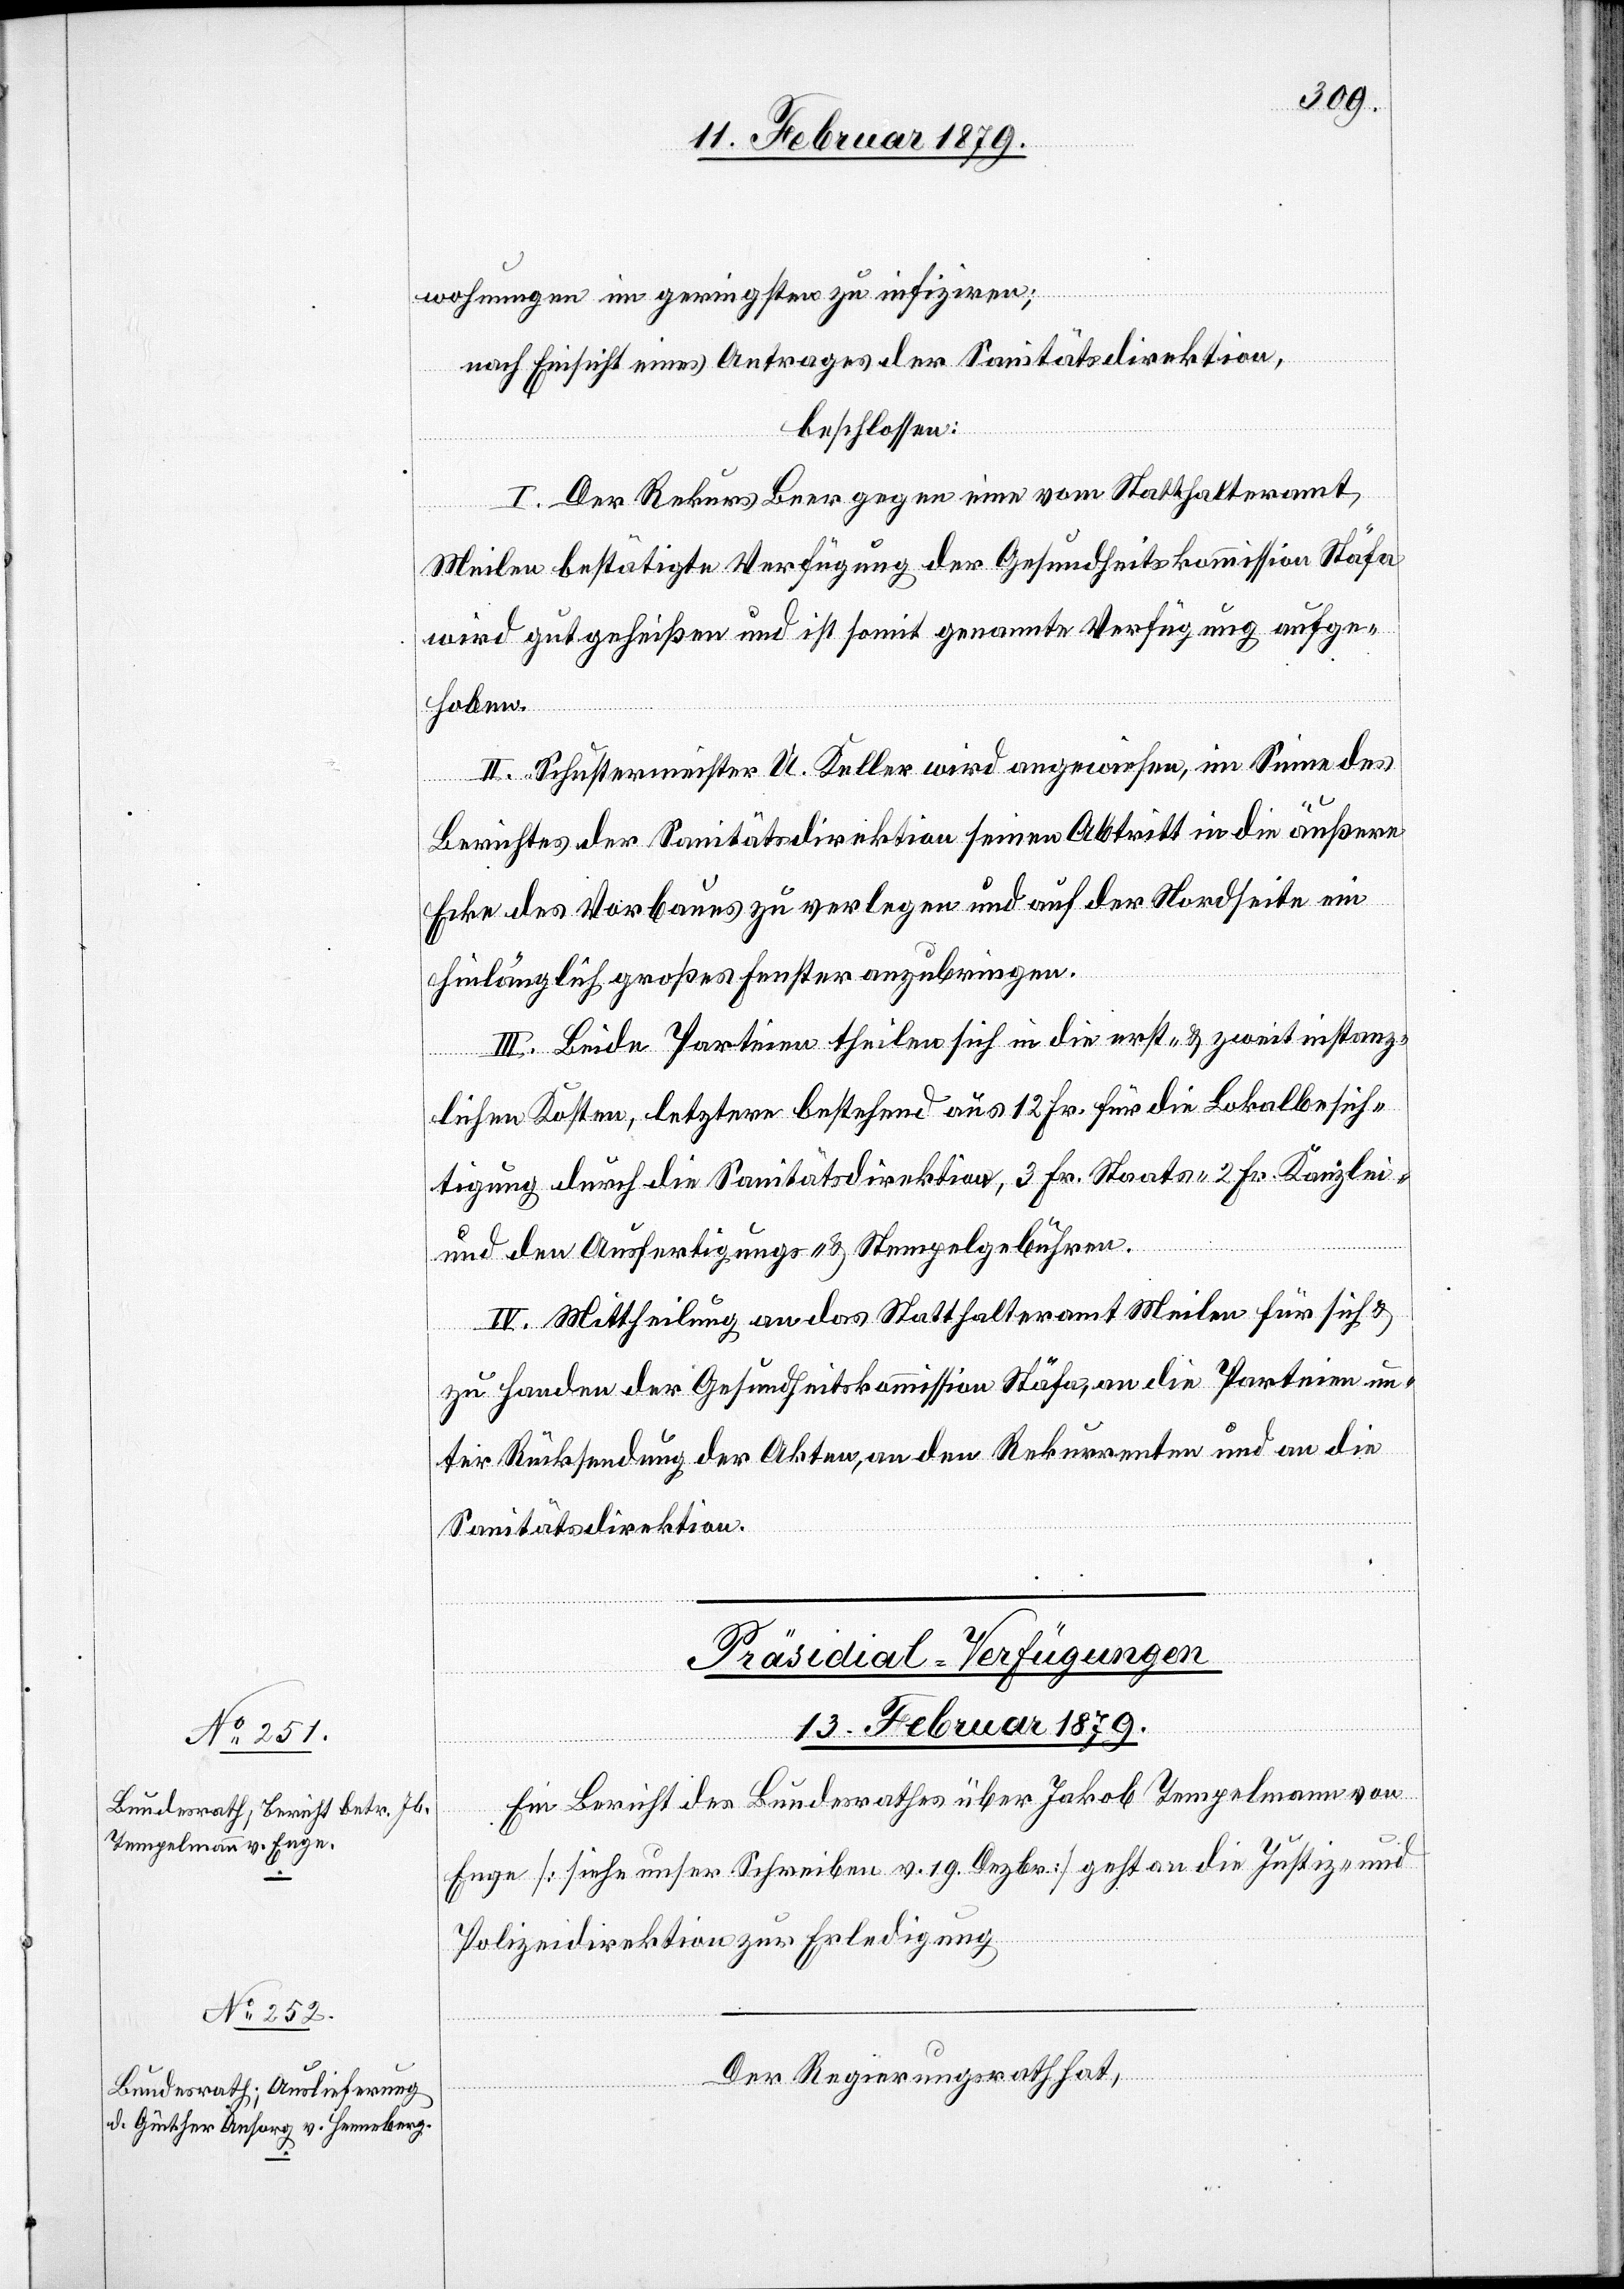
wohnungen im geringsten zu infiziren;
nach Einsicht eines Antrages der Sanitätsdirektion,
beschlossen:
I. Der Rekurs Beer gegen eine vom Statthalteramt
Meilen bestätigte Verfügung der Gesundheitskommission Stäfa
wird gutgeheißen und ist somit genannte Verfügung aufge¬
hoben.
II. Schustermeister U. Keller wird angewiesen, im Sinne des
Berichtes der Sanitätsdirektion seinen Abtritt in die äußere
Ecke des Vorbaues zu verlegen und auf der Nordseite ein
hinlänglich großes Fenster anzubringen.
III. Beide Parteien theilen sich in die erst- & zweitinstanz¬
lichen Kosten, letztere bestehend aus 12 Fr. für die Lokalbesich¬
tigung durch die Sanitätsdirektion, 3 Fr. Staats- 2 Fr. Kanzlei-
und den Ausfertigungs- & Stempelgebühren.
IV. Mittheilung an das Statthalteramt Meilen für sich &
zu Handen der Gesundheitskommission Stäfa, an die Parteien un¬
ter Rücksendung der Akten, an den Rekurrenten und an die
Sanitätsdirektion.
[Präsidial-Verfügungen
13. Februar 1879]
Ein Bericht des Bundesrathes über Jakob Tempelmann von
Enge [siehe unser Schreiben v. 19. Dezbr.] geht an die Justiz- und
Polizeidirektion zur Erledigung.
Der Regierungsrath hat,